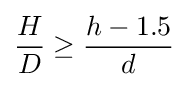
{\frac {H}{D}}\geq {\frac {h-1.5}{d}}